Sanitation, dispensaries and jails vaccination Rajputana 1922-1927 - 1922-1927
Year: 1922
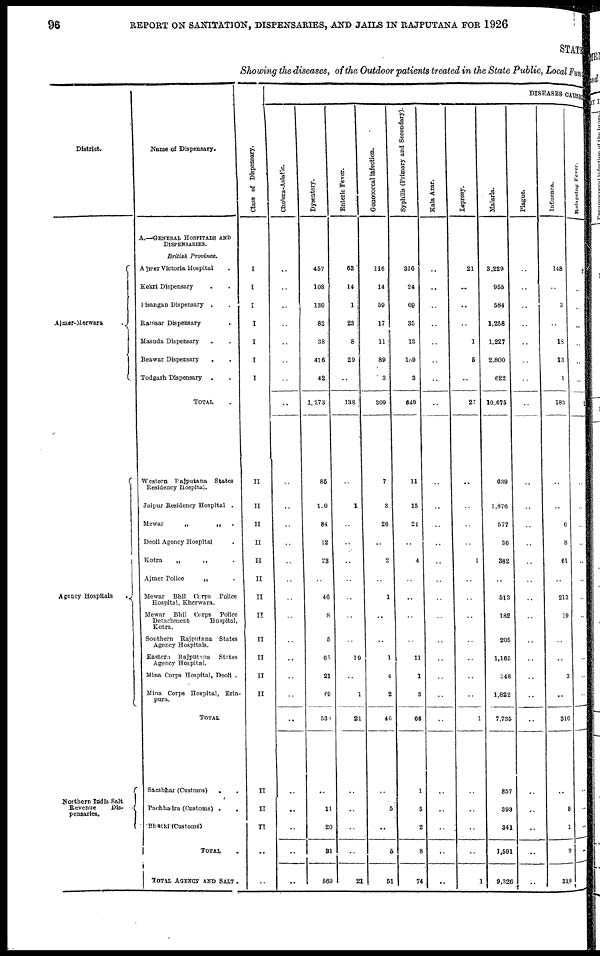
96
REPORT ON SANITATION, DISPENSARIES, AND JAILS IN RAJPUTANA FOR 1926
STATE
Showing the diseases, of the Outdoor patients treated in the State Public, Local Fund
District.
Ajmer-Merwara
.
Agency Hospitals
.
Northern India Salt
Revenue Dis¬
pensaries.
Name of Dispensary.
A.—GENERAL HOSPITALS AND
DISPENSARIES.
British
Province.
Ajmer Victoria Hospital .
Kekri Dispensary ..
Pisangan Dispensary
.
.
Ramsar Dispensary ..
Masuda Dispensary ..
Beawar Dispensary
..
Todgarh Dispensary ..
TOTAL .
Western Rajputana
States
Residency Hospital.
Jaipur Residency Hospital .
Mewar
„
„
.
Deoli Agency Hospital .
Kotra
„
„
.
Ajmer Police
„
.
Mewar
Bhil Corps
Police
Hospital, Kherwara.
Mewar
Bhil Corps
Police
Detachment
Hospital,
Kotra.
Southern Rajputana
States
Agency Hospitals.
Eastern Rajputana
States
Agency Hospital.
Mina Corps Hospital, Deoli .
Mina Corps Hospital, Erin¬
pura.
TOTAL
Sambhar (Customs) ..
Pachbadra (Customs)
.
.
Bhatki(Customs)
TOTAL .
TOTAL AGENCY AND SALT..
Class of Dispensary.
I
I
I
I
I
I
I
II
II
II
II
II
II
II
II
II
II
II
II
II
II
II
..
..
DISEASES CAUSES
Cholera-Asiatic.
..
..
..
..
..
..
..
..
..
..
..
..
..
..
..
..
..
..
..
..
..
..
..
..
..
..
Dysentery.
457
108
130
82
38
416
42
1,273
86
120
84
12
23
..
46
8
5
65
21
69
538
..
11
20
81
569
Enteric Fever.
63
14
1
23
8
29
..
138
..
1
..
..
..
..
..
..
..
19
..
1
21
..
..
..
..
21
Gonococcal Infection.
116
14
50
17
11
89
3
309
7
3
26
..
2
..
1
..
..
1
4
2
46
..
5
..
5
51
Syphilis (Primary and Secondary).
316
24
69
35
13
189
3
649
11
15
21
..
4
..
..
..
..
11
1
3
66
1
5
2
8
74
Kala Azar.
..
..
..
..
..
..
..
..
..
..
..
..
..
..
..
..
..
..
..
..
..
..
..
..
..
..
Leprosy.
21
..
..
..
1
5
..
27
..
..
..
..
1
..
..
..
..
..
..
..
1
..
..
..
..
1
Malaria.
3,229
955
584
1,258
1,227
2,800
622
10,675
639
1,876
577
36
382
..
513
182
205
1,165
348
1,822
7,735
857
393
341
1,591
9,326
Plague.
..
..
..
..
..
..
..
..
..
..
..
..
..
..
..
..
..
..
..
..
..
..
..
..
..
..
Influenza.
148
..
3
..
18
13
1
183
..
..
6
8
61
..
213
19
..
..
3
..
310
..
8
1
9
319
Relapsing Fever.
2
..
..
..
..
..
..
2
..
..
..
..
..
..
..
..
..
..
..
..
..
..
..
..